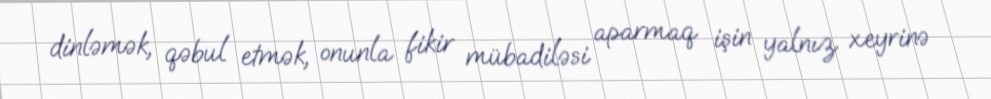
dinləmək, qəbul etmək, onunla fikir mübadiləsi aparmaq işin yalnız xeyrinə